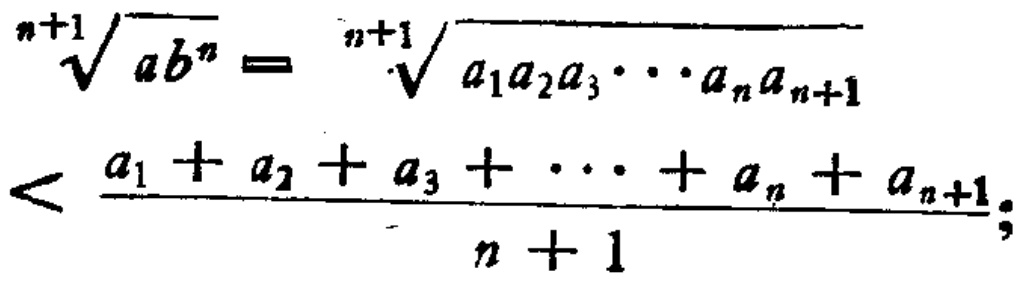
\[\sqrt[n + 1]{ab^{n}} = \sqrt[n + 1]{a_{1}a_{2}a_{3}\cdots a_{n}a_{n + 1}} < \frac{a_{1} + a_{2} + a_{3} + \cdots + a_{n} + a_{n + 1}}{n + 1};\]